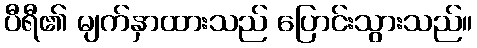
ပီရီ၏ မျက်နှာထားသည် ပြောင်းသွားသည်။